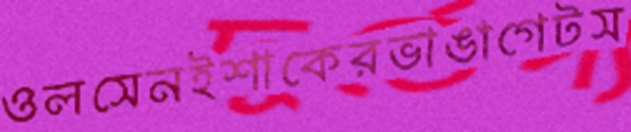
ওলসেনইশাকেরভাঙাগেটস